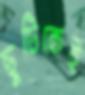
ছুটিকেই